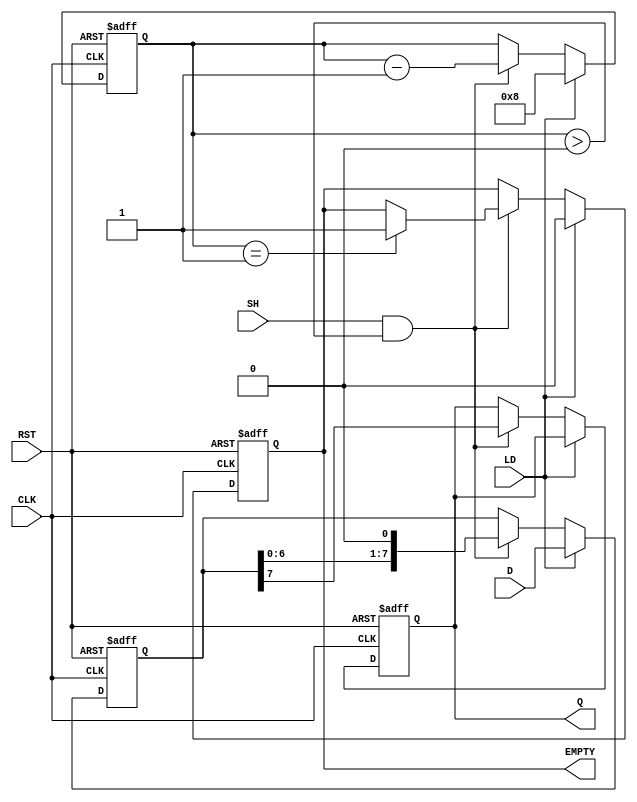
module Dynamic_PISO_Register #(parameter N = 8) (
    input  wire [N-1:0] D,    // Parallel data input
    input  wire LD,           // Load control signal
    input  wire SH,           // Shift control signal
    input  wire CLK,          // Clock signal
    input  wire RST,          // Asynchronous reset signal
    output reg  Q,            // Serial output
    output reg  EMPTY         // Empty flag
);

    reg [N-1:0] storage;      // Storage elements for the register
    reg [3:0] count;          // Counter to track the number of bits shifted out

    always @(posedge CLK or posedge RST) begin
        if (RST) begin
            storage <= {N{1'b0}}; // Clear storage on reset
            Q <= 1'b0;            // Clear serial output
            EMPTY <= 1'b1;        // Register is empty
            count <= 4'b0000;     // Reset count
        end else begin
            if (LD) begin
                storage <= D;     // Load the data into storage
                count <= N;       // Set count to the number of bits
                EMPTY <= 1'b0;    // Register is not empty
            end else if (SH && count > 0) begin
                Q <= storage[N-1]; // Shift out the MSB
                storage <= {storage[N-2:0], 1'b0}; // Shift left
                count <= count - 1; // Decrement the count
                if (count == 1) begin
                    EMPTY <= 1'b1; // Set EMPTY flag when all bits are shifted out
                end
            end
        end
    end

endmodule